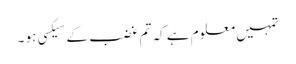
تمہیں معلوم ہے کہ تم غضب کے سیکسی ہو ۔